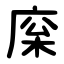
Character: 庺